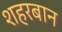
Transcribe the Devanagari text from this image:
शहरबान